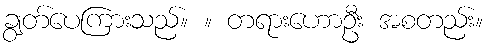
ချွတ်ပေကြားသည်။ ။ တရားဟောဦး အစတည်း။